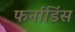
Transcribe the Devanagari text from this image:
फर्नाडिंस